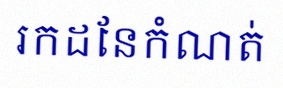
រកដែនកំណត់